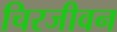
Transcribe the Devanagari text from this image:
चिरजीवन